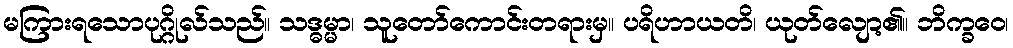
မကြားရသောပုဂ္ဂိုလ်သည်။ သဒ္ဓမ္မာ၊ သူတော်ကောင်းတရားမှ။ ပရိဟာယတိ၊ ယုတ်လျော့၏။ ဘိက္ခဝေ၊